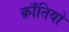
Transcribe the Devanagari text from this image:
क्राँतियों